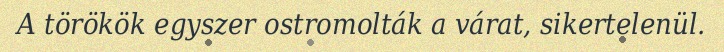
A törökök egyszer ostromolták a várat, sikertelenül.